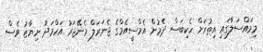
މިމައްސަލާގައި އިތުރަށް ހެކިބަސް ދެމުން އެމްސީއެމްގެ ޖެނަރަލް މެނޭޖަރު އަހްމަދު ނިޔާޒު ވެސް